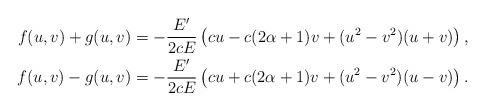
LaTeX: \begin{align*}f(u,v)+g(u,v)=-\frac{E^\prime}{2cE}\left(cu-c(2\alpha+1)v+(u^2-v^2)(u+v)\right),\\f(u,v)-g(u,v)=-\frac{E^\prime}{2cE}\left(cu+c(2\alpha+1)v+(u^2-v^2)(u-v)\right).\end{align*}